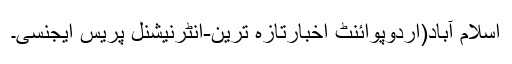
اسلام آباد(اردوپوائنٹ اخبارتازہ ترین-انٹرنیشنل پریس ایجنسی۔